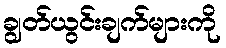
ချွတ်ယွင်းချက်များကို